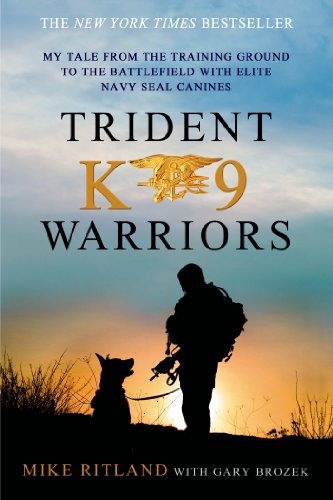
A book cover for Trident K9 Warriors: My Tale from the Training Ground to the Battlefield with Elite Navy SEAL Canines; Mike Ritland; Crafts, Hobbies & Home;